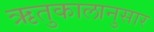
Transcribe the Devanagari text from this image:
ऋतुकालानुसार